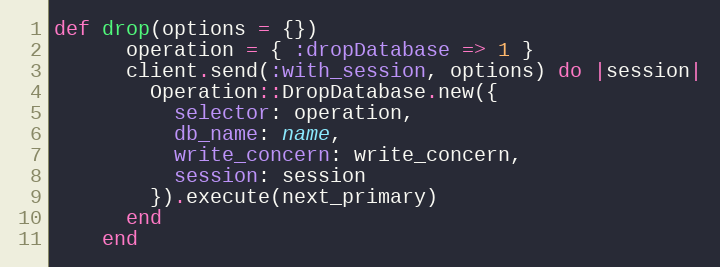
Language: Ruby
def drop(options = {})
      operation = { :dropDatabase => 1 }
      client.send(:with_session, options) do |session|
        Operation::DropDatabase.new({
          selector: operation,
          db_name: name,
          write_concern: write_concern,
          session: session
        }).execute(next_primary)
      end
    end